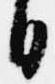
日